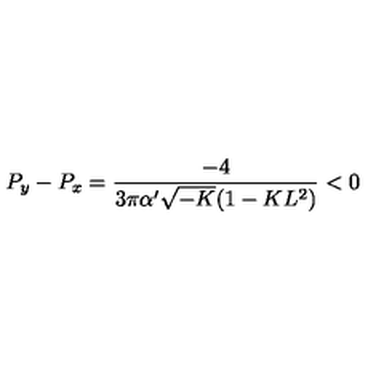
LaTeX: P _ { y } - P _ { x } = \frac { - 4 } { 3 \pi \alpha ^ { \prime } \sqrt { - K } ( 1 - K L ^ { 2 } ) } < 0